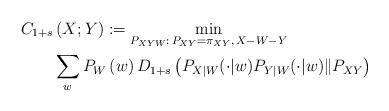
LaTeX: \begin{align*} & C_{1+s}\left(X;Y\right):=\min_{P_{XYW}:\,P_{XY}=\pi_{XY},\,X-W-Y} \\ & \qquad\sum_{w}P_{W}\left(w\right)D_{1+s}\left(P_{X|W}(\cdot|w)P_{Y|W}(\cdot|w)\|P_{XY}\right)\end{align*}